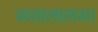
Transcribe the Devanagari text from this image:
सत्तालालसा